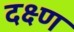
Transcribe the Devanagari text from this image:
दक्ष्ण